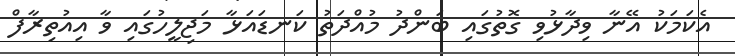
އެކަމަކު އޭނާ ވިދާޅުވި ގޮތުގައި ބަންދު މުއްދަތު ކަނޑައަޅާ މަޖިލީހުގައި ވާ އިއުތިރާފް